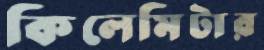
কিলেমিটার